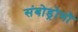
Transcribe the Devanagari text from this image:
संबोड्रोमो